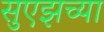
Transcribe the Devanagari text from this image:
सुएझच्या